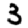
Digit: 3